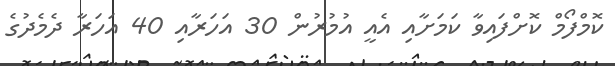
ކޮމްފޯމް ކޮށްފައިވާ ކަމަށާއި އެއީ އުމުރުން 30 އަހަރާއި 40 އަހަރާ ދެމެދުގެ